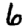
Digit: 6